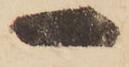
一